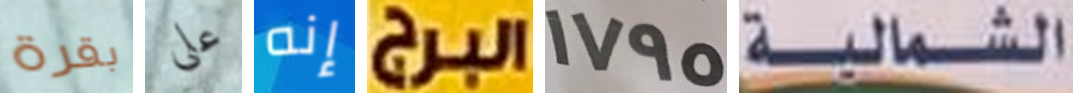
بقرة على إنه البرج 1795 الشمالية